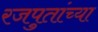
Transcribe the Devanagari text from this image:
रजपुतांच्या